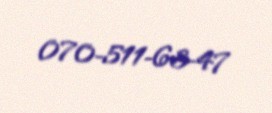
070-511-63-47